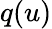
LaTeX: q(u)